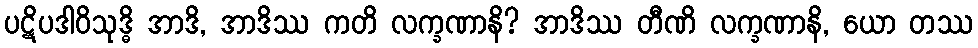
ပဋိပဒါဝိသုဒ္ဓိ အာဒိ, အာဒိဿ ကတိ လက္ခဏာနိ? အာဒိဿ တီဏိ လက္ခဏာနိ, ယော တဿ